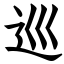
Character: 巡